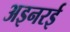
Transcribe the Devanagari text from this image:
अइनरई